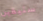
ستيفين